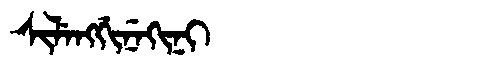
Manchu: ᠰᡳᠯᡝᠩᡤᡳᠨᡝᡴᡳᠨᡳ
Romanization: SILENGGINEKINI